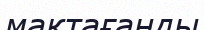
мақтағанды